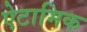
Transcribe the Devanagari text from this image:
ऐटामिक